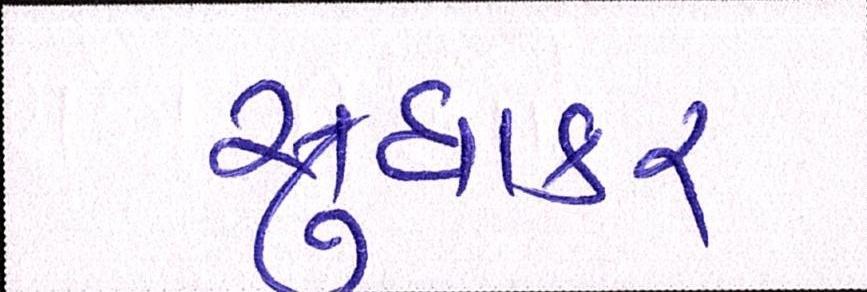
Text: સુધાકર